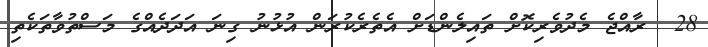
28  ރާއްޖެ މެދުވެރިކޮށް ތައިލެންޑަށް އެތެރެކުރަން އުޅުނު ގިނަ އަދަދެއްގެ މަސްތުވާތަކެތި